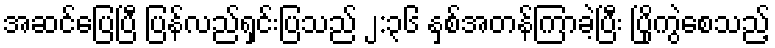
အဆင်ပြေပြီ ပြန်လည်ရှင်းပြသည် ၂:၃၆ နှစ်အတန်ကြာခဲ့ပြီး ပြိုကွဲစေသည့်